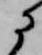
に